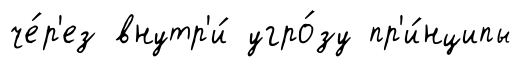
че́р'ез внутр'и́ угро́зу пр'и́нципы